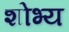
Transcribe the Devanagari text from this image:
शोभ्य